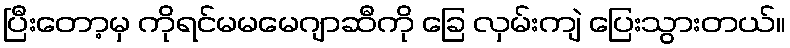
ပြီးတော့မှ ကိုရင်မမမေဂျာဆီကို ခြေ လှမ်းကျဲ ပြေးသွားတယ်။